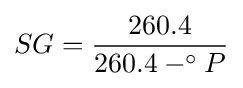
SG={\frac {260.4}{260.4-^{\circ }P}}